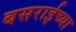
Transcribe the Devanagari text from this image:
बसराईच्या